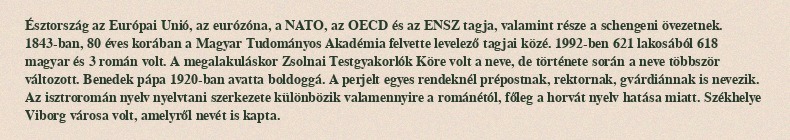
Észtország az Európai Unió, az eurózóna, a NATO, az OECD és az ENSZ tagja, valamint része a schengeni övezetnek. 1843-ban, 80 éves korában a Magyar Tudományos Akadémia felvette levelező tagjai közé. 1992-ben 621 lakosából 618 magyar és 3 román volt. A megalakuláskor Zsolnai Testgyakorlók Köre volt a neve, de története során a neve többször változott. Benedek pápa 1920-ban avatta boldoggá. A perjelt egyes rendeknél prépostnak, rektornak, gvárdiánnak is nevezik. Az isztroromán nyelv nyelvtani szerkezete különbözik valamennyire a románétól, főleg a horvát nyelv hatása miatt. Székhelye Viborg városa volt, amelyről nevét is kapta.